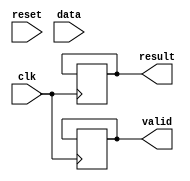
module rails(clk, reset, data, valid, result);

input        clk;
input        reset;
input  [3:0] data;
output reg   valid;
output reg   result;

//reg valid; reg result;

reg [1:0] step; assign step =0;
//step=0:collect data
//step=1:calculate result
//step=2:reset all value
reg [3:0] DD[0:10];		//Departure Data
reg [3:0] AD[0:10];		//Arriving Data
reg [3:0] station[0:10];	//empty stack, train station
reg [3:0] sp;			//stack pointer
reg [3:0] lengthofdata;
reg [3:0] count; 
reg [3:0] AD_count;
reg [3:0] DD_count; 


always@(posedge clk) begin
	
	if(reset) begin
		count <= 0;
		AD_count <= 0;
		DD_count <= 0;
		lengthofdata <= 0;
		sp <= 0;
	end
	else begin
		case(step)
		0: begin
			if(count == 0) begin
				lengthofdata = data;

			end
			else begin
				DD[count-1] = data;
				AD[count-1] = count;
			end
			count = count+1;
			if(count == (lengthofdata+1)) begin 						//when all data is conserved, go case1
				step = 1;
			end
		end
		1: begin
	
			if((AD_count != lengthofdata) || (DD[DD_count] == station[sp-1])) begin		//check the result is valid
				if(DD[DD_count] == AD[AD_count]) begin					// if the departing = arriving, pop out directly
					DD_count = DD_count+1;
					AD_count = AD_count+1;
				end
				else if (DD[DD_count] == station[sp-1]) begin				// else if the departing = station head, pop out
					DD_count = DD_count+1;					
					sp = sp-1;
					if(DD_count == lengthofdata) begin				// valid condition
						valid = 1;
						result = 1;
						step = 2;
					end
				end
				else begin
					station[sp] = AD[AD_count];					// if the DD != AD, put it into station array
					sp = sp+1;
					AD_count = AD_count+1;
				end
			end
			else if(AD_count == lengthofdata && DD_count == lengthofdata) begin		// valid condition
				valid = 1;
				result = 1;
				step = 2;
			end
			else begin									// if the AD is empty and the DD is not empty, failed
				valid = 1;
				result = 0;
				step = 2;
			end
		end
		2: begin										//re-initialize the parameters
			valid = 0;
			result = 0;
			step = 0;
			count = 0;
			AD_count = 0;
			DD_count = 0;
			lengthofdata = 0;
			sp = 0;
		end
		endcase
	end
end
endmodule